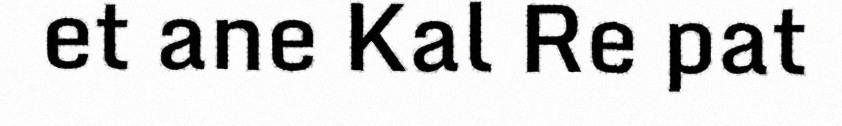
et ane Kal Re pat